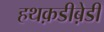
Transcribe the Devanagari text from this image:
हथक़डीब़ेडी